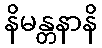
နိမန္တနာနိ